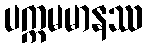
ပက္ကမမာနဿ